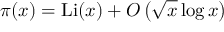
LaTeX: \pi ( x ) = \operatorname { L i } ( x ) + O \left( { \sqrt { x } } \log x \right)